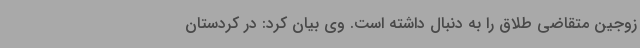
زوجین متقاضی طلاق را به دنبال داشته است. وی بیان کرد: در کردستان